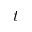
t